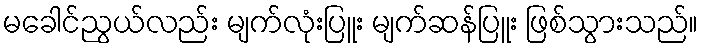
မခေါင်ညွယ်လည်း မျက်လုံးပြူး မျက်ဆန်ပြူး ဖြစ်သွားသည်။